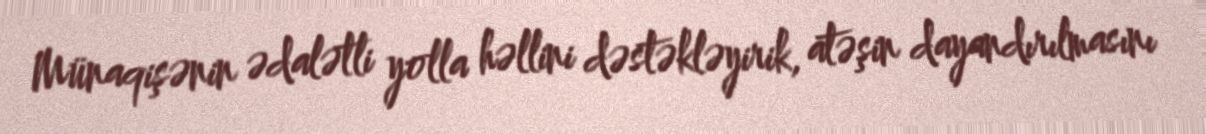
Münaqişənin ədalətli yolla həllini dəstəkləyirik, atəşin dayandırılmasını